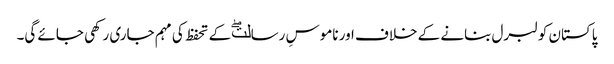
پاکستان کو لبرل بنانے کے خلاف اور ناموسِ رسالتۖ کے تحفظ کی مہم جاری رکھی جائے گی۔